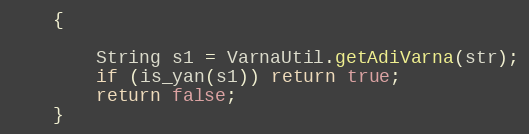
Language: Java
    {

        String s1 = VarnaUtil.getAdiVarna(str);
        if (is_yan(s1)) return true;
        return false;
    }